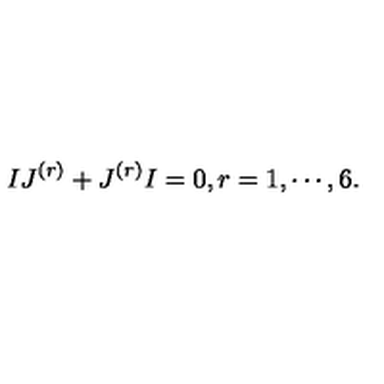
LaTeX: I J ^ { ( r ) } + J ^ { ( r ) } I = 0 , r = 1 , \cdots , 6 .